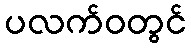
ပလက်ဝတွင်